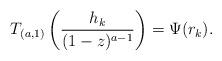
LaTeX: \begin{align*}T_{(a,1)} \left( \frac{h_k}{(1-z)^{a-1}}\right) = \Psi(r_k).\end{align*}